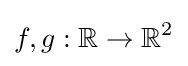
f,g:\mathbb {R} \to \mathbb {R} ^{2}